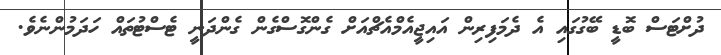
ދުށްޓަސް ބޮޑީ ބޭގުގައި އެ ދެމަފިރިން އައިޖީއެމްއެޗްއަށް ގެންގޮސްގެން ގެންދަނީ ޓެސްޓުތައް ހަދަމުންނެވެ.